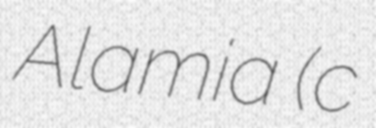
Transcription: Alamia (c